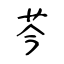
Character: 芩